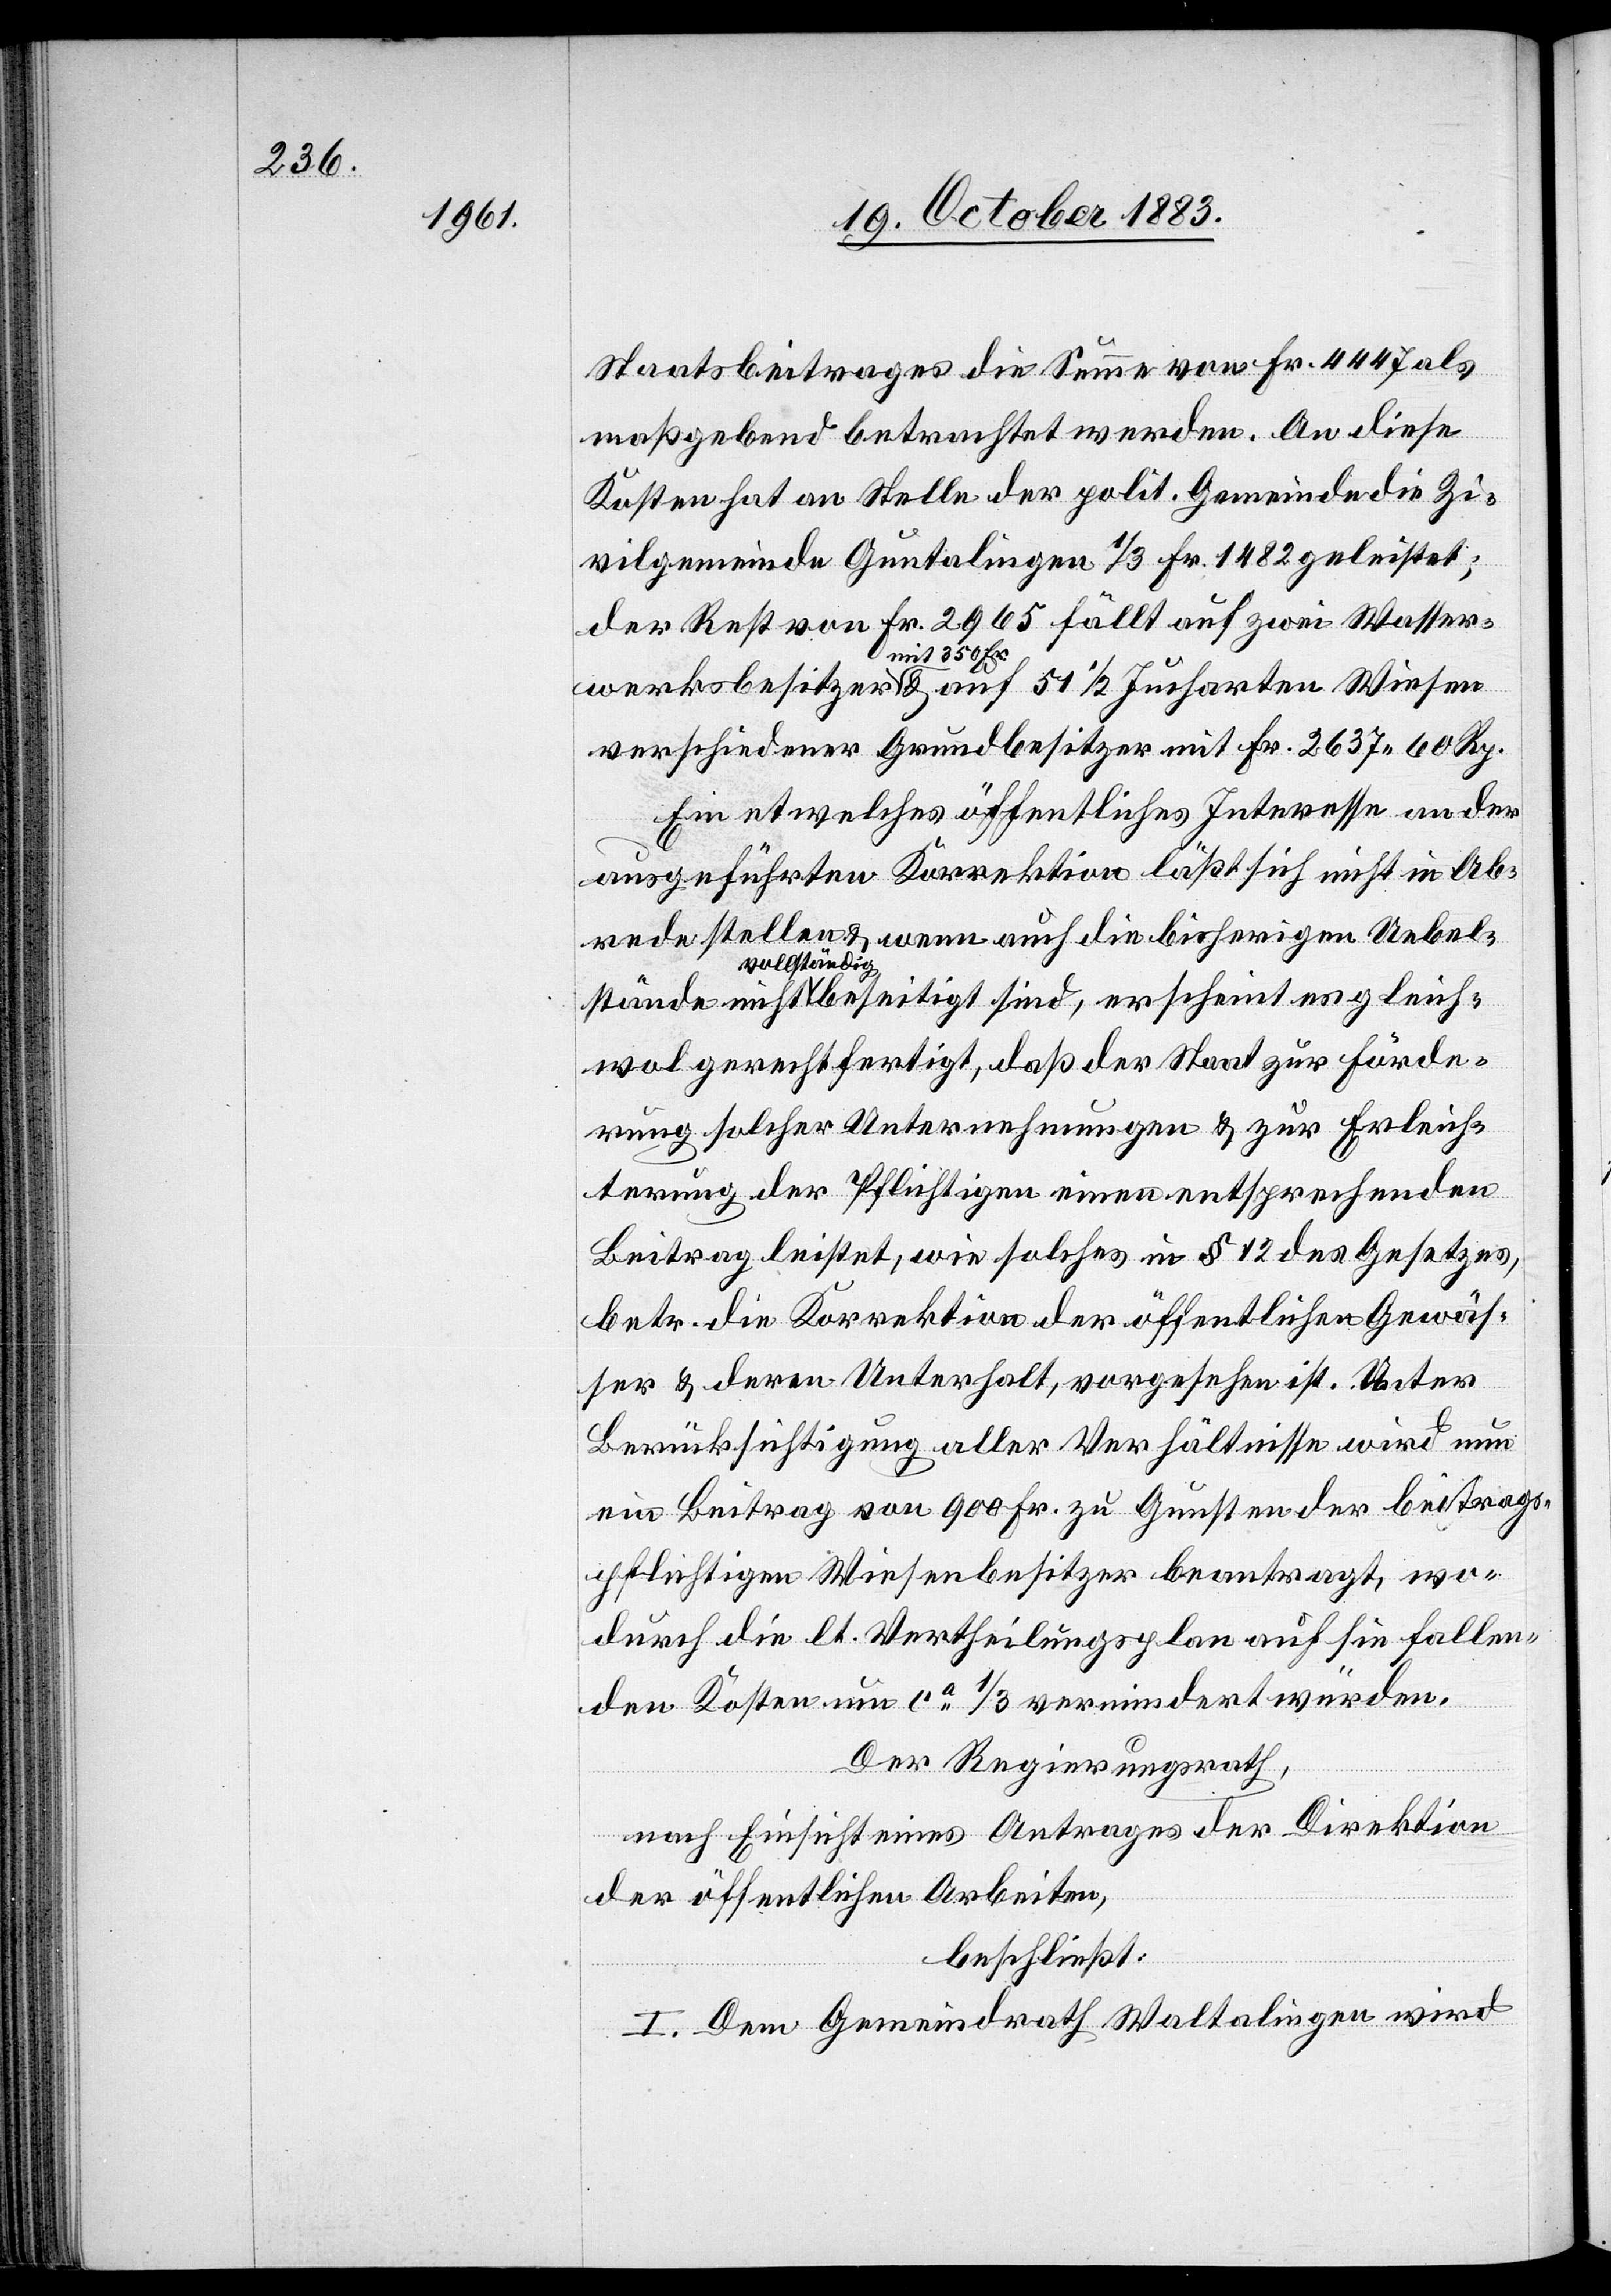
Staatsbeitrages die Summe von Fr. 4447 als
maßgebend betrachtet werden. An diese
Kosten hat an Stelle der polit. Gemeinde die Zi¬
vilgemeinde Guntalingen 1/3 Fr. 1482 geleistet;
der Rest von Fr. 2965 fällt auf zwei Wasser¬
mit 350 Fr.
verschiedener Grundbesitzer mit Fr. 2637 60 Rp.
Ein etwelches öffentliches Interesse an der
ausgeführten Korrektion läßt sich nicht in Ab¬
rede stellen & wenn auch die bisherigen Uebels¬
vollständig
wol gerechtfertigt, daß der Staat zur Förde¬
rung solcher Unternehmungen & zur Erleich¬
terung der Pflichtigen einen entsprechenden
Beitrag leistet, wie solches in § 12 des Gesetzes,
betr. die Korrektion der öffentlichen Gewäs¬
ser & deren Unterhalt, vorgesehen ist. Unter
Berücksichtigung aller Verhältnisse wird nun
ein Beitrag von 900 Fr. zu Gunsten der beitrags¬
pflichtigen Wiesenbesitzer beantragt, wo¬
durch die lt. Vertheilungsplan auf sie fallen¬
gleich¬
den Kosten um ca 1/3 vermindert würden.
Der Regierungsrath,
nach Einsicht eines Antrages der Direktion
der öffentlichen Arbeiten,
beschließt:
I. Dem Gemeindrath Waltalingen wird